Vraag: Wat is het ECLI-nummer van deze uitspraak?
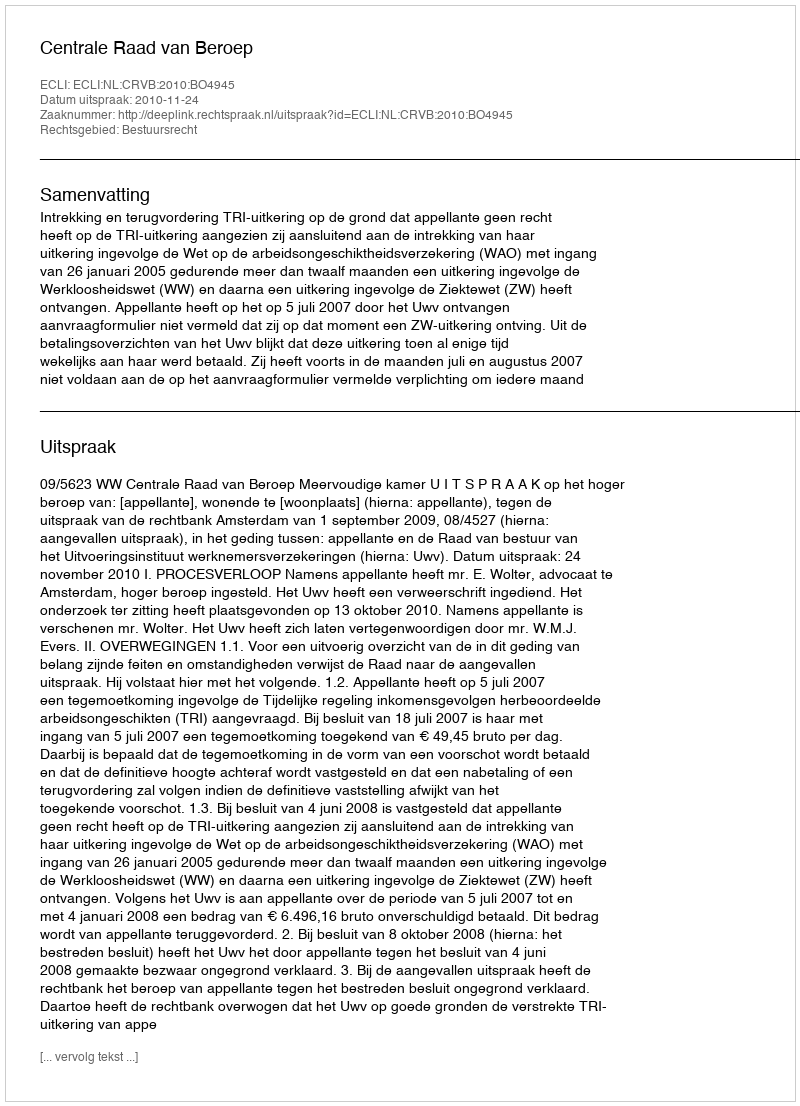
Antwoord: ECLI:NL:CRVB:2010:BO4945